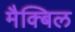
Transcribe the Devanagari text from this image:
मैक्बिल